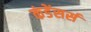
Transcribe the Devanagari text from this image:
कंडेंसर्स